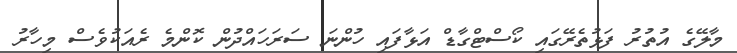
މާލޭގެ އުތުރު ފަޅުތެރޭގައި ކޯސްޓްގާޑް އަޅާފައި ހުންނަ ސަރަހައްދުން ކޮންމެ ރެއަކުވެސް މިހާރު